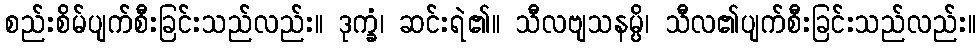
စည်းစိမ်ပျက်စီးခြင်းသည်လည်း။ ဒုက္ခံ၊ ဆင်းရဲ၏။ သီလဗျသနမ္ပိ၊ သီလ၏ပျက်စီးခြင်းသည်လည်း။